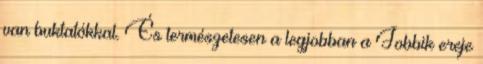
van buktatókkal. És természetesen a legjobban a Jobbik ereje